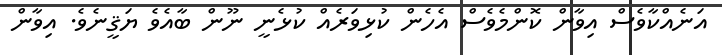
އަނެއްކާވެސް އިވާން ކޮންމެވެސް އެހެން ކުޅިވަރެއް ކުޅެނީ ނޫން ބާއެވެ ޔަޤީނެވެ. އިވާން